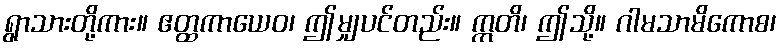
ရွာသားတို့ကား။ ဧတ္ထကာယေဝ၊ ဤမျှပင်တည်း။ ဣတိ၊ ဤသို့။ ဂါမသာမိကောစ၊